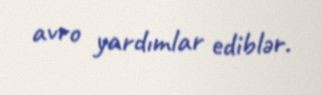
avro yardımlar ediblər.